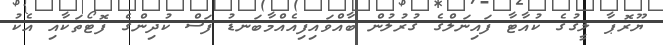
ޔޫރޮޕާ ލީގުގެ ކުއާޓާ ފައިނަލްގެ ގުރުލުން ބާއްވައިފިއެއްމާބަނޑު ފަސް ކުދިންގެ ފޮޓޯތަކާއި އެކު